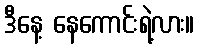
ဒီနေ့ နေကောင်းရဲ့လား။